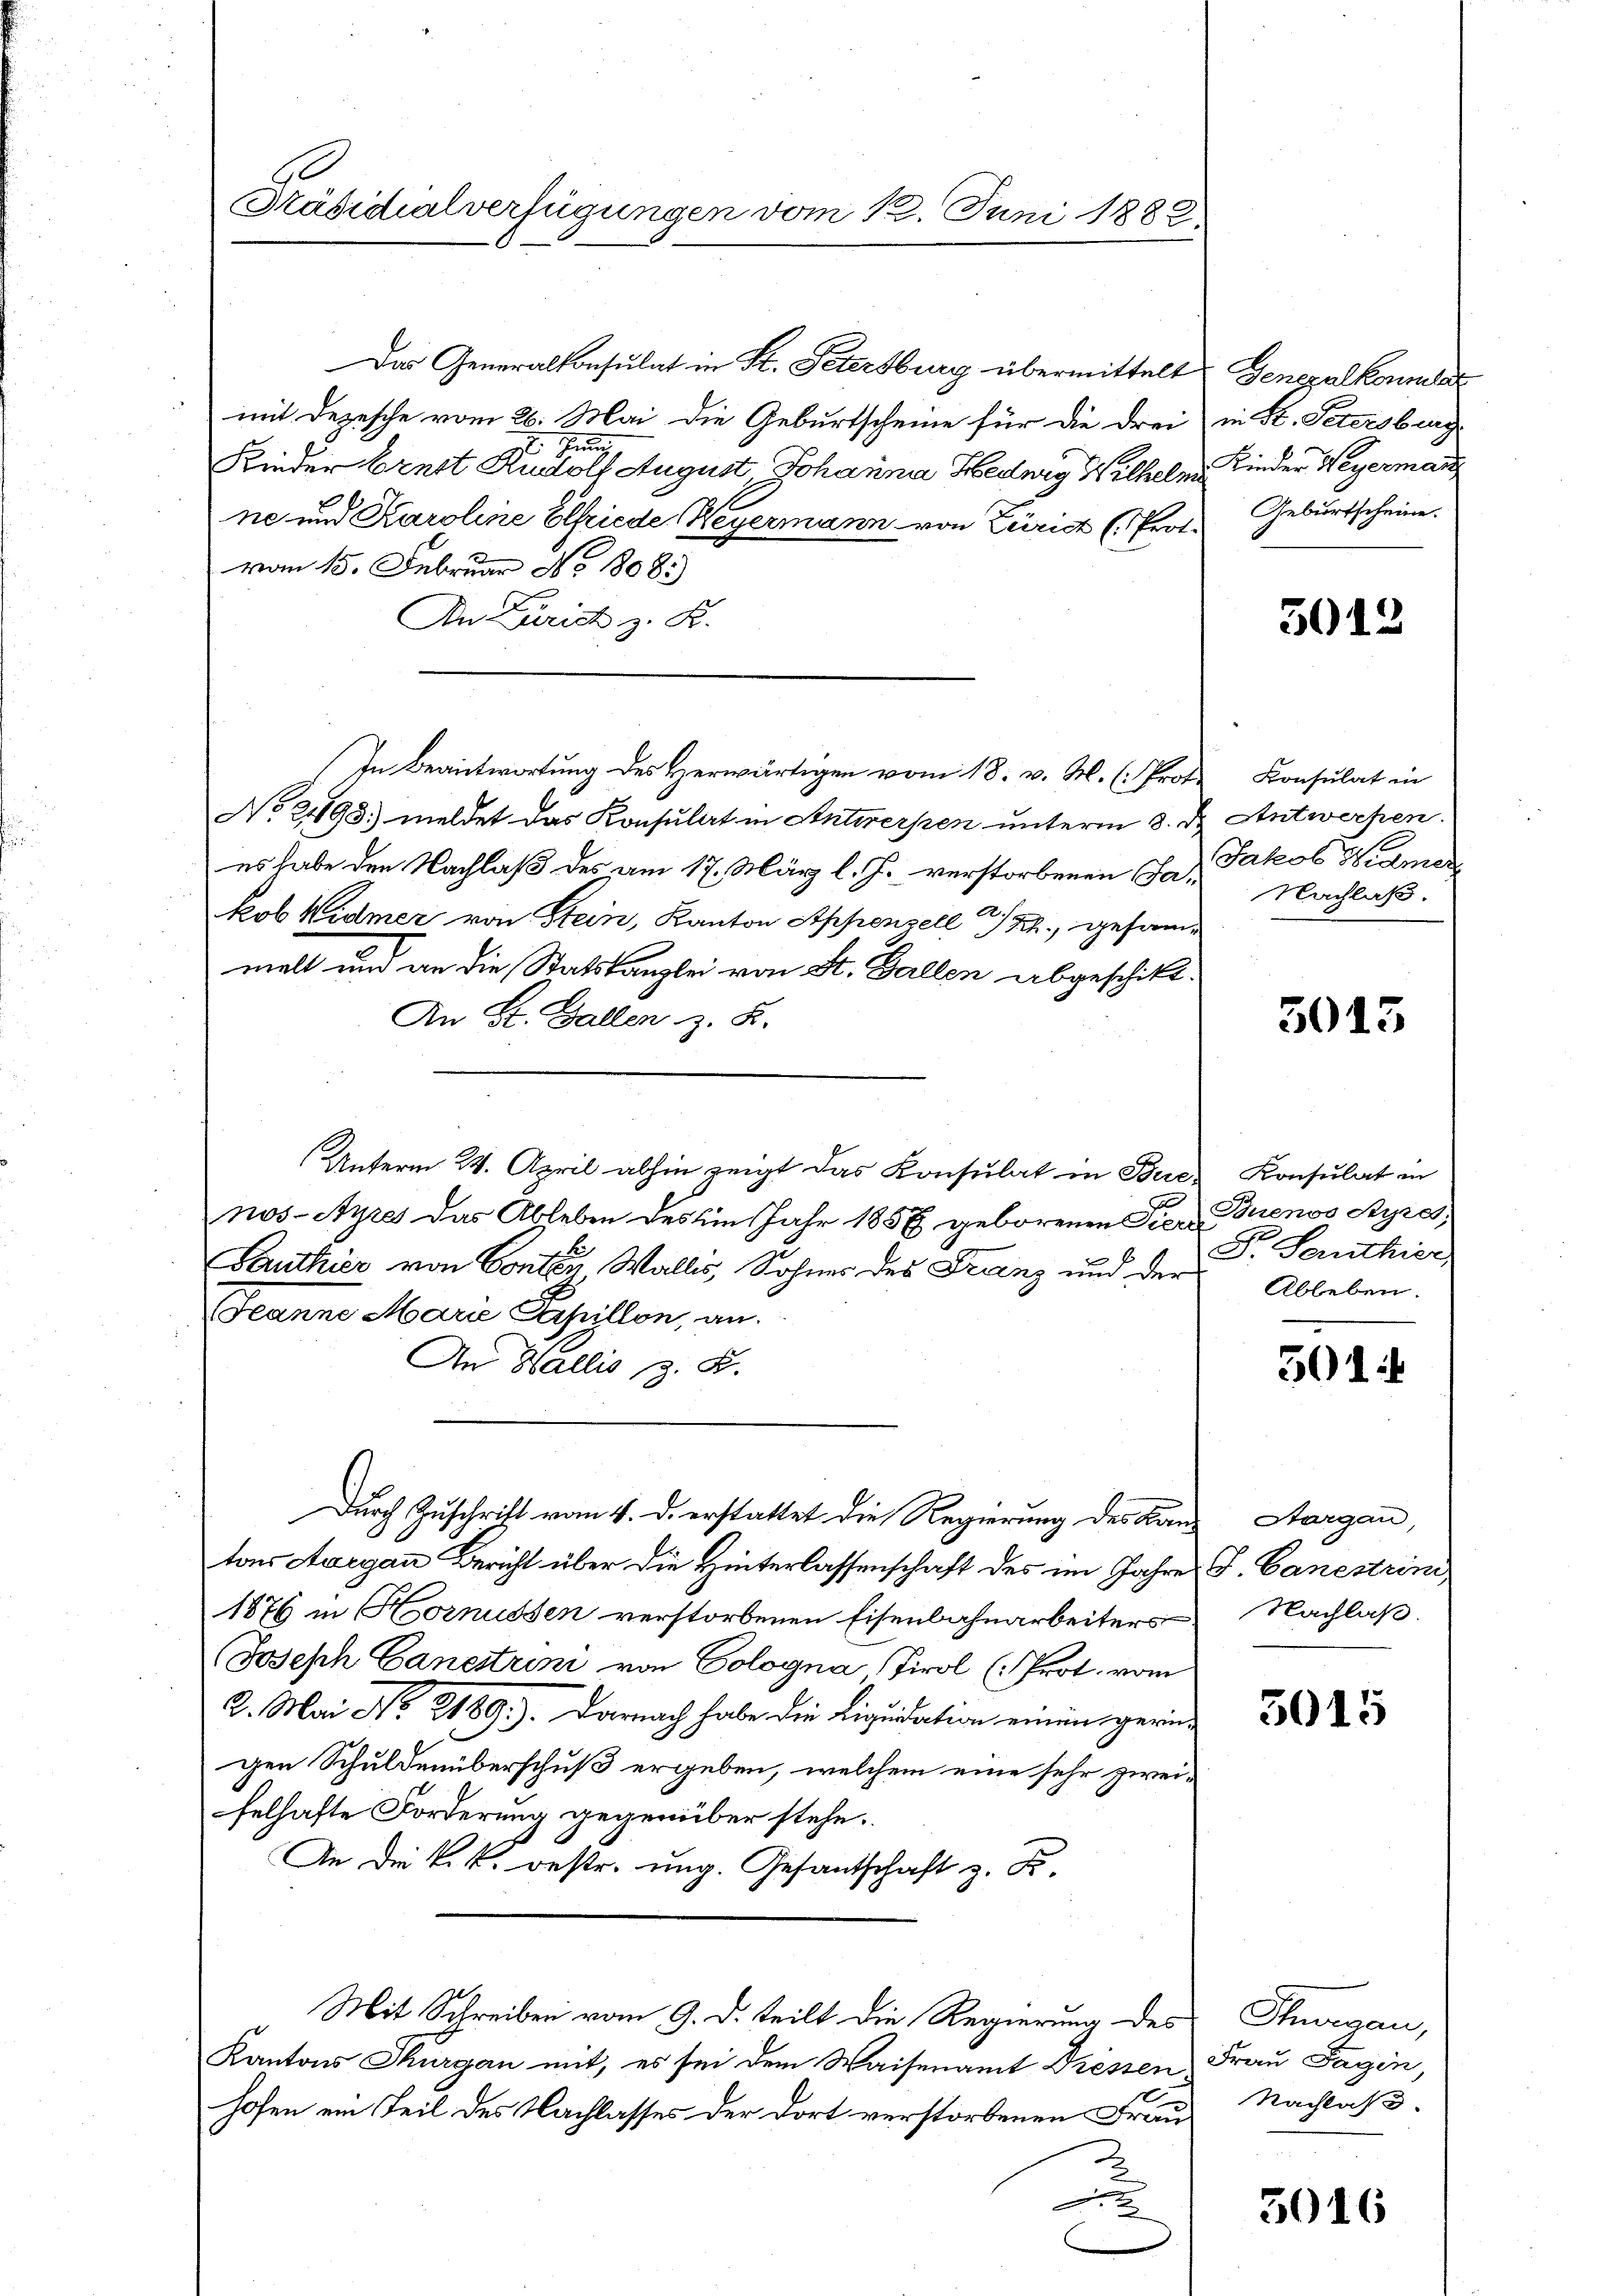
Präsidialverfügungen vom 12. Juni 1882.

Das Generalkonsulat in St. Petersburg übermittelt
mit Depesche vom 26. Mai die Geburtscheine für die drei
simm
Kinder Ernst Rudolf August Johanna Hedwig Wilhel
ne und Karoline Elfriede Weyermann von Zürich (Pro
vom 15. Februar No. 1808.)
An Zürich z. K.
In Beantwortung des Herwärtigen vom 18. v. M. (: Pro¬
No 21198; meldet das Konsulat in Antwerfen unterm 8.
es habe den Nachlaß des am 17. März l. J. verstorbenen Jakob Widmer von Stein, Kanton Appenzell I/Rh., geform
malt und an die Statskanzlei von St. Gallen abgeschikt
An St. Gallen z. B.
nos-Ayres das Ableben des im Jahr 1858 geborenen Tier Buenos Ayres
Sauthier von Conten Wallis, Sohnes des Franz und der Ableben.
Jeanne Marie Spillon, an.
An Wallis z. B.
Durch Zuschrift vom 4. d. erstattet die Regierung des Ban
tons Aargau Bericht über die Hinterlassenschaft des im Jahre
1876 in Hornussen verstorbenen Eisenbahnarbeiters
Joseph Canestrini von Cologna Tirol (: Prot. vom
2. Mai No 2189). Darnach habe die Liquidation einen gerin-
gen Schuldenüberschuß ergeben, welchem eine sehr zweifelhafte Forderung gegenüber stehe.
An die k. k. oestr. ung. Gesantschaft z. B.
Mit Schreiben vom 9. D. teilt die Regierung des Thurgau,
Kantons Thurgau mit, es sei dem Waisenamt Diessen.
2
hofen ein Teil des Nachlasses der dort verstorbenen Frau¬

Unterm 24. April abhin zeigt das Konsulat in Bue Konsulat in

Generalkonsulat
in Hr. Petersburg
Kinder Peyerman
Geburtscheine.

5012

t Konsulat in
d Antwerfen.
 Jakob Kramer
Nachlaß.

5015

S. Senthier,

501 i

Sargau,
J. Canestrin
Nachlaß.

3015

Frau Tagen,
Nachlass.

3016